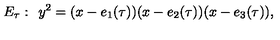
E _ { \tau } : \: \: y ^ { 2 } = ( x - e _ { 1 } ( \tau ) ) ( x - e _ { 2 } ( \tau ) ) ( x - e _ { 3 } ( \tau ) ) ,